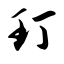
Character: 玎